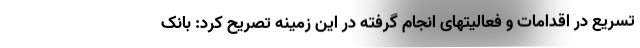
تسریع در اقدامات و فعالیتهای انجام گرفته در این زمینه تصریح کرد: بانک